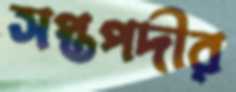
সপ্তপদীর